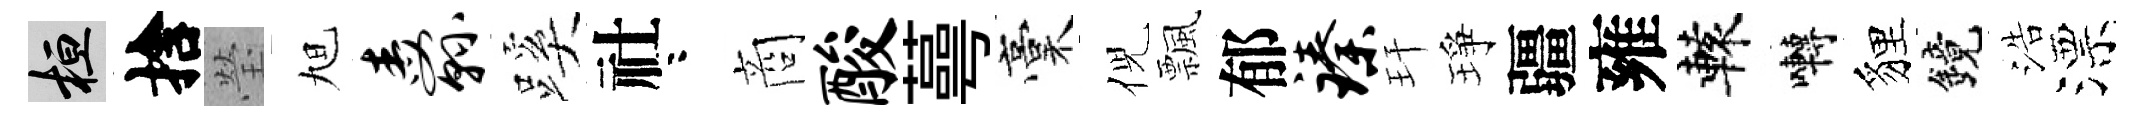
桓捨瑩旭纛蹊社咯商酸蕚稾倪飄郁臻玕琤疆雍轅囀貍鏡浩漂